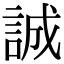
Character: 誠